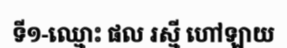
ទី១-ឈ្មោះ ផល រស្មី ហៅឡាយ